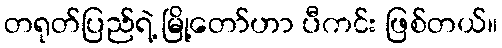
တရုတ်ပြည်ရဲ့ မြို့တော်ဟာ ပီကင်း ဖြစ်တယ်။